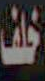
خلف